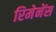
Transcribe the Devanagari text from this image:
रिमेनेंस